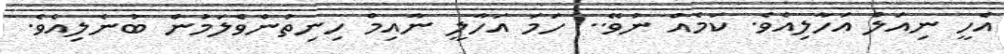
އެހީ ނިއަލް އަހާލިއެވެ. ކަމެއް ނުވޭ.. ހަމަ އަހާލީ ނާއިމް ހިނިތުންވެލަމުން ބުނެލިއެވެ.